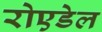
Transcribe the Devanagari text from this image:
रोएडेल